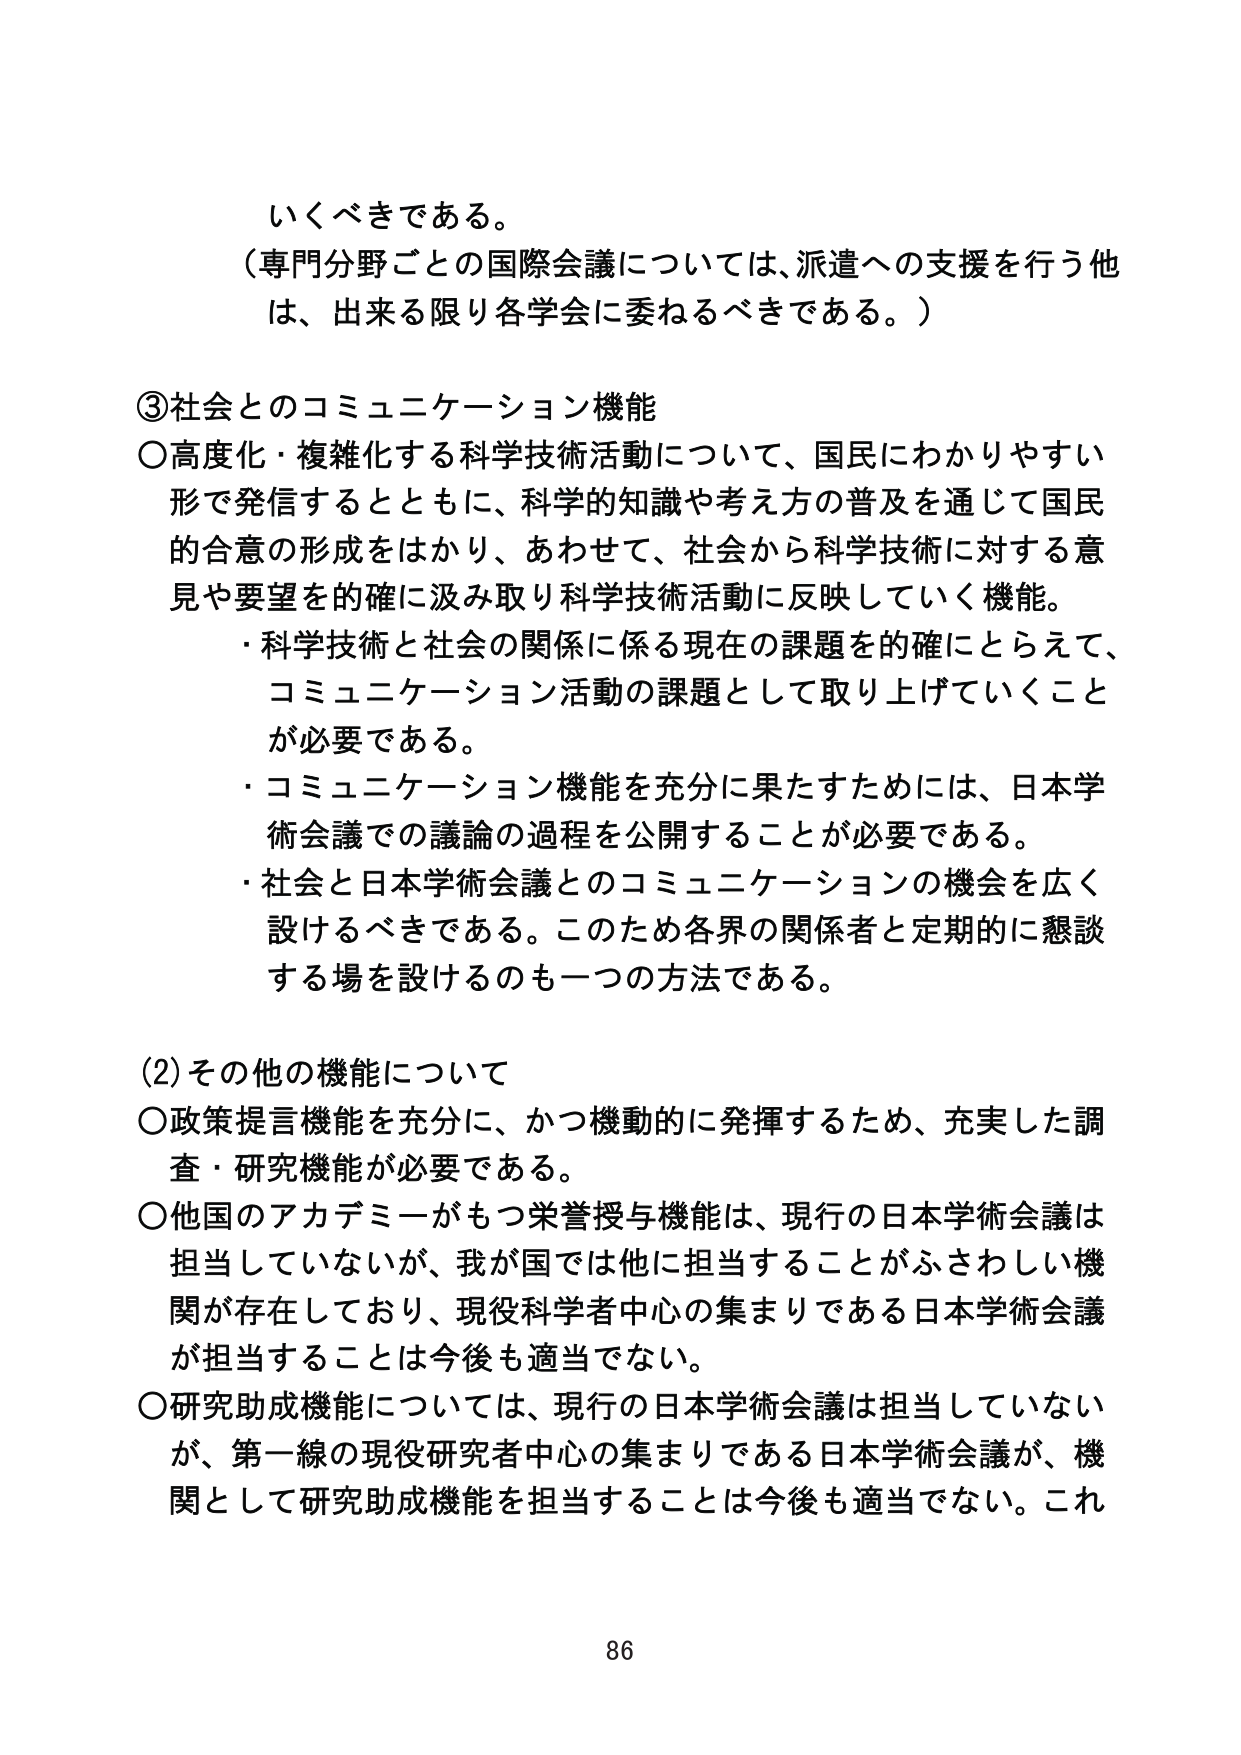
いくべきである。
（専門分野ごとの国際会議については、派遣への支援を行う他は、出来る限り各学会に委ねるべきである。）

③社会とのコミュニケーション機能
○高度化・複雑化する科学技術活動について、国民にわかりやすい形で発信するとともに、科学的知識や考え方の普及を通じて国民的合意の形成をはかり、あわせて、社会から科学技術に対する意見や要望を的確に汲み取り科学技術活動に反映していく機能。
・科学技術と社会の関係に係る現在の課題を的確にとらえて、コミュニケーション活動の課題として取り上げていくことが必要である。
・コミュニケーション機能を充分に果たすためには、日本学術会議での議論の過程を公開することが必要である。
・社会と日本学術会議とのコミュニケーションの機会を広く設けるべきである。このため各界の関係者と定期的に懇談する場を設けるのも一つの方法である。

(2) その他の機能について
○政策提言機能を充分に、かつ機動的に発揮するため、充実した調査・研究機能が必要である。
○他国のアカデミーがもつ栄誉授与機能は、現行の日本学術会議は担当していないが、我が国では他に担当することがふさわしい機関が存在しており、現役科学者中心の集まりである日本学術会議が担当することは今後も適当でない。
○研究助成機能については、現行の日本学術会議は担当していないが、第一線の現役研究者中心の集まりである日本学術会議が、機関として研究助成機能を担当することは今後も適当でない。これ

86